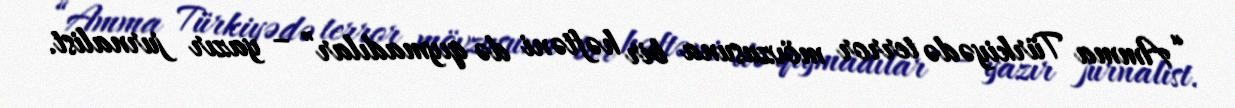
“Amma Türkiyədə terror mövzusuna bir həftəni də qıymadılar” – yazır jurnalist.